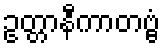
ဥတ္တာနီကာတဗ္ဗံ